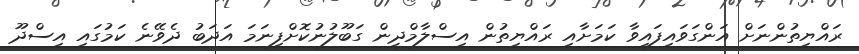
ރައްޔިތުންނަށް އަންގަވައިފައިވާ ކަމަށާއި ރައްޔިތުން އިސްލާމްދީން ގަބޫލުނުކޮށްފިނަމަ އަދަބު ދެވޭނެ ކަމުގައި އިސްދޫ